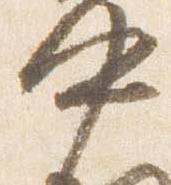
中